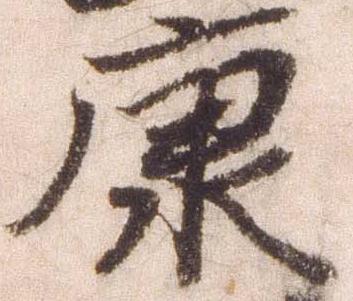
康